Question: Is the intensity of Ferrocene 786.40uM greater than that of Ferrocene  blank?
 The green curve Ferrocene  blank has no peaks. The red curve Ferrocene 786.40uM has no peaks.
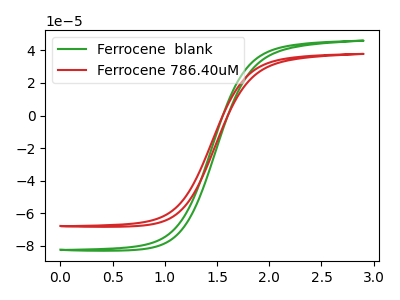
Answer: <think>Neither "Ferrocene 786.40uM" or "Ferrocene  blank" have any peaks.
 </think>
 <answer>I cant tell if "Ferrocene 786.40uM" or "Ferrocene  blank" has more signal.</answer>
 <eval>mixed_signal</eval>